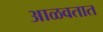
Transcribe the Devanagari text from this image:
आळवतात